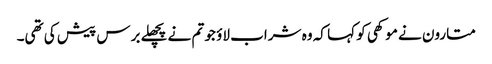
متارون نے موکھی کو کہا کہ وہ شراب لاؤ جو تم نے پچھلے برس پیش کی تھی۔